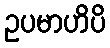
ဥပမာဟိပိ